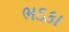
ભડકા